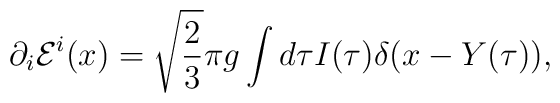
\partial_i {\cal E}^i(x) = \sqrt{\frac{2}{3}} \pi g \int d\tau I(\tau)   \delta(x-Y(\tau)),